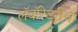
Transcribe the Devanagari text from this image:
लॅबॉरेटरीचे